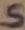
Text: S